Report on the bubonic plague in Bombay, 1896-1897
Year: 1896
Disease focus: Plague
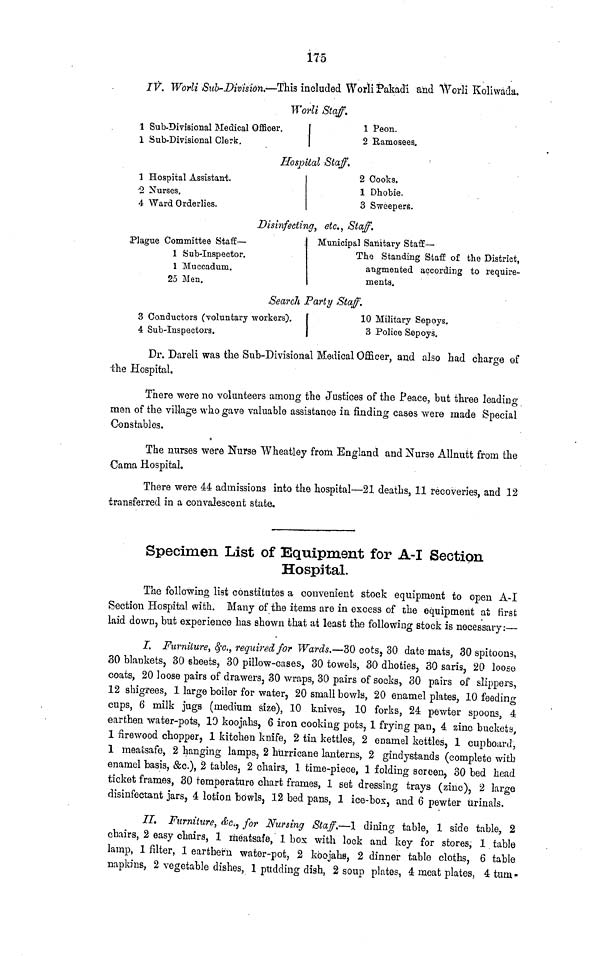
175
IV. Worli Sub-Division.—This included Worli Pakadi and Worli Koliwada.
Worli Staff.
1 Sub-Divisional Medical Officer.
1 Sub-Divisional Clerk.
1 Peon.
2 Ramoseea.
Hospital Staff.
1 Hospital Assistant.
2 Nurses.
4 Ward Orderlies.
2 Cooks.
1 Dhobie.
3 Sweepers.
Disinfecting, etc., Staff.
Plague Committee Staff —
1 Sub-Inspector.
1 Muccadum.
25 Men.
Municipal Sanitary Staff —
The Standing Staff of the District,
augmented according to require-
ments.
Search Party Staff.
3 Conductors (voluntary workers).
4 Sub-Inspectors.
1 10 Military Sepoys.
3 Police Sepoys.
Dr. Dareli was the Sub-Divisional Medical Officer, and also had charge of
the Hospital.
There were no volunteers among the Justices of the Peace, but three leading
men of the village who gave valuable assistance in finding cases were made Special
Constables.
The nurses were Nurse Wheatley from England and Nurse Allnutt from the
Cama Hospital.
There were 44 admissions into the hospital—21 deaths, 11 recoveries, and 12
transferred in a convalescent state,
Specimen List of Equipment for Α-I Section
Hospital.
The following list constitutes a convenient stock equipment to open A-I
Section Hospital with. Many of the items are in excess of the equipment at first
laid down, but experience has shown that at least the following stock is necessary:—
I. Furniture, &c., required for Wards.—30 cots, 30 date mats, 30 spitoons,
30 blankets, 30 sheets, 30 pillow-cases, 30 towels, 30 dhoties, 30 saris, 20 loose
coats, 20 loose pairs of drawers, 30 wraps, 30 pairs of socks, 30 pairs of slippers,
12 shigrees, 1 large boiler for water, 20 small bowls, 20 enamel plates, 10 feeding
cups, 6 milk jugs (medium size), 10 knives, 10 forks, 24 pewter spoons, 4
earthen water-pots, 10 koojahs, 6 iron cooking pots, 1 frying pan, 4 zinc buckets,
1 firewood chopper, 1 kitchen knife, 2 tin kettles, 2 enamel kettles, 1 cup board,
1 meatsafe, 2 hanging lamps, 2 hurricane lanterns, 2 gindystands (complete with
enamel basis, &c.), 2 tables, 2 chairs, 1 time-piece, 1 folding screen, 30 bed head
ticket frames, 30 temperature chart frames, 1 set dressing trays (zinc), 2 large
disinfectant jars, 4 lotion bowls, 12 bed pans, 1 ice-box, and 6 pewter urinals.
II. Furniture, &c., for Nursing Staff.—1 dining table, 1 side table, 2
chairs, 2 easy chairs, 1 meatsafe, 1 box with lock and key for stores, 1 table
lamp, 1 filter, 1 eartbern water-pot, 2 koojahs, 2 dinner table cloths, 6 table
napkins, 2 vegetable dishes, 1 pudding dish, 2 soup plates, 4 meat plates, 4 tum-